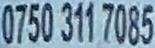
0750 311 7085